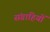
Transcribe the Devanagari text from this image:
संग्राहियों